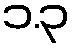
၁.၃